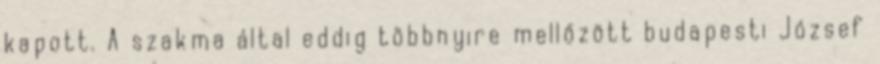
kapott. A szakma által eddig többnyire mellőzött budapesti József